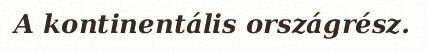
A kontinentális országrész.